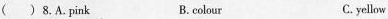
( )8.A.Pink B. colour C. yellow